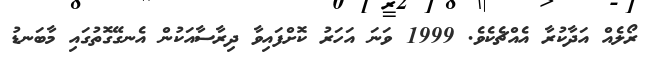
ރޯލެއް އަދާކުރާ އެއްޗެކެވެ. 1999 ވަނަ އަހަރު ކޮށްފައިވާ ދިރާސާއަކުން އެނގޭގޮތުގައި މާބަނޑު